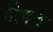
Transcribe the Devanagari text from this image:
गीदढ़